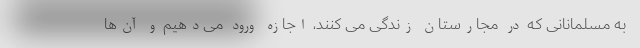
به مسلمانانی که در مجارستان زندگی می کنند، اجازه ورود می‌دهیم و آن‌ها